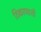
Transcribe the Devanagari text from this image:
ठिकाणाशी